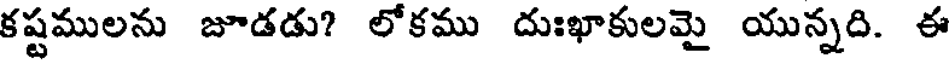
కష్టములను జూడడు? లోకము దుఃఖాకులమై యున్నది. ఈ